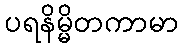
ပရနိမ္မိတကာမာ